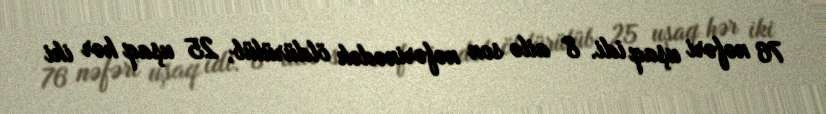
76 nəfəri uşaq idi. 8 ailə son nəfərinədək öldürülüb, 25 uşaq hər iki